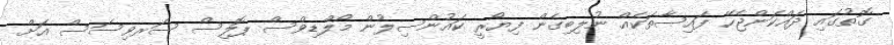
ގޮތުގައި ދައްކަންޖެހޭ ފައިސާތަކެއް ނުލިބިގެން ފިޔޯރީ ކައުންސިލުން މޯލްޑިވްސް ޕޮލިސް ސަރވިސަސް އަށް